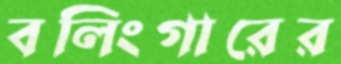
বলিংগারের